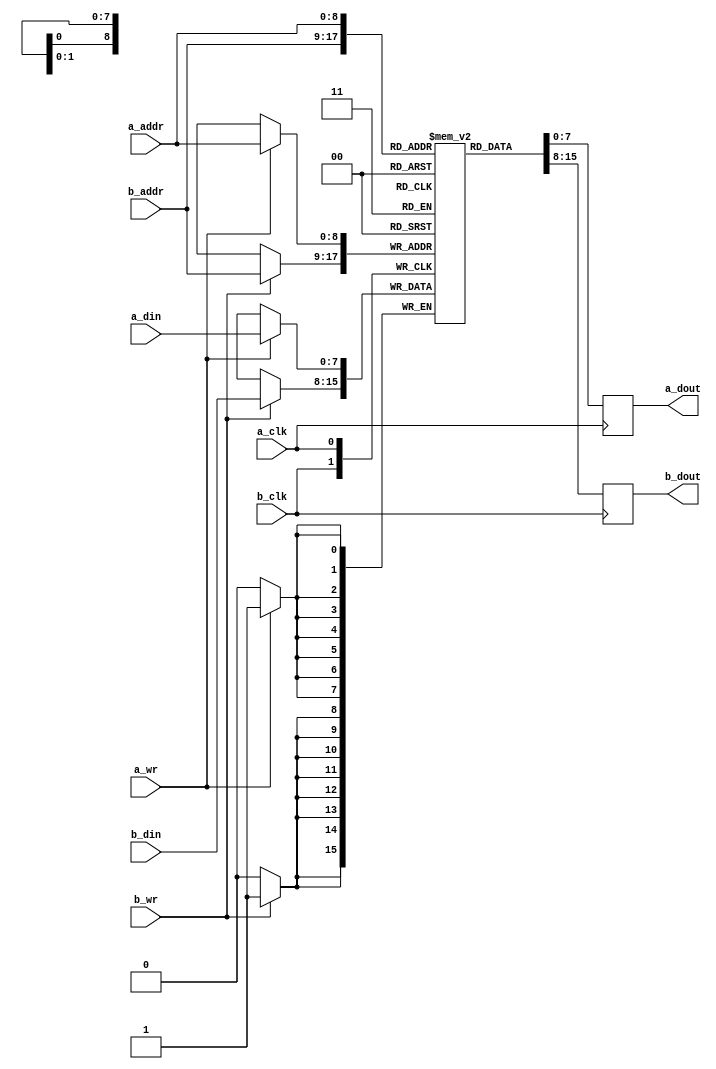
module tdp_bram_8_9
  (input  a_clk,
   input  a_wr,
   input  [8:0] a_addr,
   input  [7:0] a_din,
   input  b_clk,
   input  b_wr,
   input  [8:0] b_addr,
   input  [7:0] b_din,
   output [7:0] a_dout,
   output [7:0] b_dout);
  reg [7:0] n216_data; // mem_rd
  reg [7:0] n219_data; // mem_rd
  assign a_dout = n219_data;
  assign b_dout = n216_data;
  /* mem/tdp_bram.vhd:57:5  */
  reg [7:0] mem[511:0] ; // memory
  initial begin
    mem[511] = 8'b00000000;
    mem[510] = 8'b00000000;
    mem[509] = 8'b00000000;
    mem[508] = 8'b00000000;
    mem[507] = 8'b00000000;
    mem[506] = 8'b00000000;
    mem[505] = 8'b00000000;
    mem[504] = 8'b00000000;
    mem[503] = 8'b00000000;
    mem[502] = 8'b00000000;
    mem[501] = 8'b00000000;
    mem[500] = 8'b00000000;
    mem[499] = 8'b00000000;
    mem[498] = 8'b00000000;
    mem[497] = 8'b00000000;
    mem[496] = 8'b00000000;
    mem[495] = 8'b00000000;
    mem[494] = 8'b00000000;
    mem[493] = 8'b00000000;
    mem[492] = 8'b00000000;
    mem[491] = 8'b00000000;
    mem[490] = 8'b00000000;
    mem[489] = 8'b00000000;
    mem[488] = 8'b00000000;
    mem[487] = 8'b00000000;
    mem[486] = 8'b00000000;
    mem[485] = 8'b00000000;
    mem[484] = 8'b00000000;
    mem[483] = 8'b00000000;
    mem[482] = 8'b00000000;
    mem[481] = 8'b00000000;
    mem[480] = 8'b00000000;
    mem[479] = 8'b00000000;
    mem[478] = 8'b00000000;
    mem[477] = 8'b00000000;
    mem[476] = 8'b00000000;
    mem[475] = 8'b00000000;
    mem[474] = 8'b00000000;
    mem[473] = 8'b00000000;
    mem[472] = 8'b00000000;
    mem[471] = 8'b00000000;
    mem[470] = 8'b00000000;
    mem[469] = 8'b00000000;
    mem[468] = 8'b00000000;
    mem[467] = 8'b00000000;
    mem[466] = 8'b00000000;
    mem[465] = 8'b00000000;
    mem[464] = 8'b00000000;
    mem[463] = 8'b00000000;
    mem[462] = 8'b00000000;
    mem[461] = 8'b00000000;
    mem[460] = 8'b00000000;
    mem[459] = 8'b00000000;
    mem[458] = 8'b00000000;
    mem[457] = 8'b00000000;
    mem[456] = 8'b00000000;
    mem[455] = 8'b00000000;
    mem[454] = 8'b00000000;
    mem[453] = 8'b00000000;
    mem[452] = 8'b00000000;
    mem[451] = 8'b00000000;
    mem[450] = 8'b00000000;
    mem[449] = 8'b00000000;
    mem[448] = 8'b00000000;
    mem[447] = 8'b00000000;
    mem[446] = 8'b00000000;
    mem[445] = 8'b00000000;
    mem[444] = 8'b00000000;
    mem[443] = 8'b00000000;
    mem[442] = 8'b00000000;
    mem[441] = 8'b00000000;
    mem[440] = 8'b00000000;
    mem[439] = 8'b00000000;
    mem[438] = 8'b00000000;
    mem[437] = 8'b00000000;
    mem[436] = 8'b00000000;
    mem[435] = 8'b00000000;
    mem[434] = 8'b00000000;
    mem[433] = 8'b00000000;
    mem[432] = 8'b00000000;
    mem[431] = 8'b00000000;
    mem[430] = 8'b00000000;
    mem[429] = 8'b00000000;
    mem[428] = 8'b00000000;
    mem[427] = 8'b00000000;
    mem[426] = 8'b00000000;
    mem[425] = 8'b00000000;
    mem[424] = 8'b00000000;
    mem[423] = 8'b00000000;
    mem[422] = 8'b00000000;
    mem[421] = 8'b00000000;
    mem[420] = 8'b00000000;
    mem[419] = 8'b00000000;
    mem[418] = 8'b00000000;
    mem[417] = 8'b00000000;
    mem[416] = 8'b00000000;
    mem[415] = 8'b00000000;
    mem[414] = 8'b00000000;
    mem[413] = 8'b00000000;
    mem[412] = 8'b00000000;
    mem[411] = 8'b00000000;
    mem[410] = 8'b00000000;
    mem[409] = 8'b00000000;
    mem[408] = 8'b00000000;
    mem[407] = 8'b00000000;
    mem[406] = 8'b00000000;
    mem[405] = 8'b00000000;
    mem[404] = 8'b00000000;
    mem[403] = 8'b00000000;
    mem[402] = 8'b00000000;
    mem[401] = 8'b00000000;
    mem[400] = 8'b00000000;
    mem[399] = 8'b00000000;
    mem[398] = 8'b00000000;
    mem[397] = 8'b00000000;
    mem[396] = 8'b00000000;
    mem[395] = 8'b00000000;
    mem[394] = 8'b00000000;
    mem[393] = 8'b00000000;
    mem[392] = 8'b00000000;
    mem[391] = 8'b00000000;
    mem[390] = 8'b00000000;
    mem[389] = 8'b00000000;
    mem[388] = 8'b00000000;
    mem[387] = 8'b00000000;
    mem[386] = 8'b00000000;
    mem[385] = 8'b00000000;
    mem[384] = 8'b00000000;
    mem[383] = 8'b00000000;
    mem[382] = 8'b00000000;
    mem[381] = 8'b00000000;
    mem[380] = 8'b00000000;
    mem[379] = 8'b00000000;
    mem[378] = 8'b00000000;
    mem[377] = 8'b00000000;
    mem[376] = 8'b00000000;
    mem[375] = 8'b00000000;
    mem[374] = 8'b00000000;
    mem[373] = 8'b00000000;
    mem[372] = 8'b00000000;
    mem[371] = 8'b00000000;
    mem[370] = 8'b00000000;
    mem[369] = 8'b00000000;
    mem[368] = 8'b00000000;
    mem[367] = 8'b00000000;
    mem[366] = 8'b00000000;
    mem[365] = 8'b00000000;
    mem[364] = 8'b00000000;
    mem[363] = 8'b00000000;
    mem[362] = 8'b00000000;
    mem[361] = 8'b00000000;
    mem[360] = 8'b00000000;
    mem[359] = 8'b00000000;
    mem[358] = 8'b00000000;
    mem[357] = 8'b00000000;
    mem[356] = 8'b00000000;
    mem[355] = 8'b00000000;
    mem[354] = 8'b00000000;
    mem[353] = 8'b00000000;
    mem[352] = 8'b00000000;
    mem[351] = 8'b00000000;
    mem[350] = 8'b00000000;
    mem[349] = 8'b00000000;
    mem[348] = 8'b00000000;
    mem[347] = 8'b00000000;
    mem[346] = 8'b00000000;
    mem[345] = 8'b00000000;
    mem[344] = 8'b00000000;
    mem[343] = 8'b00000000;
    mem[342] = 8'b00000000;
    mem[341] = 8'b00000000;
    mem[340] = 8'b00000000;
    mem[339] = 8'b00000000;
    mem[338] = 8'b00000000;
    mem[337] = 8'b00000000;
    mem[336] = 8'b00000000;
    mem[335] = 8'b00000000;
    mem[334] = 8'b00000000;
    mem[333] = 8'b00000000;
    mem[332] = 8'b00000000;
    mem[331] = 8'b00000000;
    mem[330] = 8'b00000000;
    mem[329] = 8'b00000000;
    mem[328] = 8'b00000000;
    mem[327] = 8'b00000000;
    mem[326] = 8'b00000000;
    mem[325] = 8'b00000000;
    mem[324] = 8'b00000000;
    mem[323] = 8'b00000000;
    mem[322] = 8'b00000000;
    mem[321] = 8'b00000000;
    mem[320] = 8'b00000000;
    mem[319] = 8'b00000000;
    mem[318] = 8'b00000000;
    mem[317] = 8'b00000000;
    mem[316] = 8'b00000000;
    mem[315] = 8'b00000000;
    mem[314] = 8'b00000000;
    mem[313] = 8'b00000000;
    mem[312] = 8'b00000000;
    mem[311] = 8'b00000000;
    mem[310] = 8'b00000000;
    mem[309] = 8'b00000000;
    mem[308] = 8'b00000000;
    mem[307] = 8'b00000000;
    mem[306] = 8'b00000000;
    mem[305] = 8'b00000000;
    mem[304] = 8'b00000000;
    mem[303] = 8'b00000000;
    mem[302] = 8'b00000000;
    mem[301] = 8'b00000000;
    mem[300] = 8'b00000000;
    mem[299] = 8'b00000000;
    mem[298] = 8'b00000000;
    mem[297] = 8'b00000000;
    mem[296] = 8'b00000000;
    mem[295] = 8'b00000000;
    mem[294] = 8'b00000000;
    mem[293] = 8'b00000000;
    mem[292] = 8'b00000000;
    mem[291] = 8'b00000000;
    mem[290] = 8'b00000000;
    mem[289] = 8'b00000000;
    mem[288] = 8'b00000000;
    mem[287] = 8'b00000000;
    mem[286] = 8'b00000000;
    mem[285] = 8'b00000000;
    mem[284] = 8'b00000000;
    mem[283] = 8'b00000000;
    mem[282] = 8'b00000000;
    mem[281] = 8'b00000000;
    mem[280] = 8'b00000000;
    mem[279] = 8'b00000000;
    mem[278] = 8'b00000000;
    mem[277] = 8'b00000000;
    mem[276] = 8'b00000000;
    mem[275] = 8'b00000000;
    mem[274] = 8'b00000000;
    mem[273] = 8'b00000000;
    mem[272] = 8'b00000000;
    mem[271] = 8'b00000000;
    mem[270] = 8'b00000000;
    mem[269] = 8'b00000000;
    mem[268] = 8'b00000000;
    mem[267] = 8'b00000000;
    mem[266] = 8'b00000000;
    mem[265] = 8'b00000000;
    mem[264] = 8'b00000000;
    mem[263] = 8'b00000000;
    mem[262] = 8'b00000000;
    mem[261] = 8'b00000000;
    mem[260] = 8'b00000000;
    mem[259] = 8'b00000000;
    mem[258] = 8'b00000000;
    mem[257] = 8'b00000000;
    mem[256] = 8'b00000000;
    mem[255] = 8'b00000000;
    mem[254] = 8'b00000000;
    mem[253] = 8'b00000000;
    mem[252] = 8'b00000000;
    mem[251] = 8'b00000000;
    mem[250] = 8'b00000000;
    mem[249] = 8'b00000000;
    mem[248] = 8'b00000000;
    mem[247] = 8'b00000000;
    mem[246] = 8'b00000000;
    mem[245] = 8'b00000000;
    mem[244] = 8'b00000000;
    mem[243] = 8'b00000000;
    mem[242] = 8'b00000000;
    mem[241] = 8'b00000000;
    mem[240] = 8'b00000000;
    mem[239] = 8'b00000000;
    mem[238] = 8'b00000000;
    mem[237] = 8'b00000000;
    mem[236] = 8'b00000000;
    mem[235] = 8'b00000000;
    mem[234] = 8'b00000000;
    mem[233] = 8'b00000000;
    mem[232] = 8'b00000000;
    mem[231] = 8'b00000000;
    mem[230] = 8'b00000000;
    mem[229] = 8'b00000000;
    mem[228] = 8'b00000000;
    mem[227] = 8'b00000000;
    mem[226] = 8'b00000000;
    mem[225] = 8'b00000000;
    mem[224] = 8'b00000000;
    mem[223] = 8'b00000000;
    mem[222] = 8'b00000000;
    mem[221] = 8'b00000000;
    mem[220] = 8'b00000000;
    mem[219] = 8'b00000000;
    mem[218] = 8'b00000000;
    mem[217] = 8'b00000000;
    mem[216] = 8'b00000000;
    mem[215] = 8'b00000000;
    mem[214] = 8'b00000000;
    mem[213] = 8'b00000000;
    mem[212] = 8'b00000000;
    mem[211] = 8'b00000000;
    mem[210] = 8'b00000000;
    mem[209] = 8'b00000000;
    mem[208] = 8'b00000000;
    mem[207] = 8'b00000000;
    mem[206] = 8'b00000000;
    mem[205] = 8'b00000000;
    mem[204] = 8'b00000000;
    mem[203] = 8'b00000000;
    mem[202] = 8'b00000000;
    mem[201] = 8'b00000000;
    mem[200] = 8'b00000000;
    mem[199] = 8'b00000000;
    mem[198] = 8'b00000000;
    mem[197] = 8'b00000000;
    mem[196] = 8'b00000000;
    mem[195] = 8'b00000000;
    mem[194] = 8'b00000000;
    mem[193] = 8'b00000000;
    mem[192] = 8'b00000000;
    mem[191] = 8'b00000000;
    mem[190] = 8'b00000000;
    mem[189] = 8'b00000000;
    mem[188] = 8'b00000000;
    mem[187] = 8'b00000000;
    mem[186] = 8'b00000000;
    mem[185] = 8'b00000000;
    mem[184] = 8'b00000000;
    mem[183] = 8'b00000000;
    mem[182] = 8'b00000000;
    mem[181] = 8'b00000000;
    mem[180] = 8'b00000000;
    mem[179] = 8'b00000000;
    mem[178] = 8'b00000000;
    mem[177] = 8'b00000000;
    mem[176] = 8'b00000000;
    mem[175] = 8'b00000000;
    mem[174] = 8'b00000000;
    mem[173] = 8'b00000000;
    mem[172] = 8'b00000000;
    mem[171] = 8'b00000000;
    mem[170] = 8'b00000000;
    mem[169] = 8'b00000000;
    mem[168] = 8'b00000000;
    mem[167] = 8'b00000000;
    mem[166] = 8'b00000000;
    mem[165] = 8'b00000000;
    mem[164] = 8'b00000000;
    mem[163] = 8'b00000000;
    mem[162] = 8'b00000000;
    mem[161] = 8'b00000000;
    mem[160] = 8'b00000000;
    mem[159] = 8'b00000000;
    mem[158] = 8'b00000000;
    mem[157] = 8'b00000000;
    mem[156] = 8'b00000000;
    mem[155] = 8'b00000000;
    mem[154] = 8'b00000000;
    mem[153] = 8'b00000000;
    mem[152] = 8'b00000000;
    mem[151] = 8'b00000000;
    mem[150] = 8'b00000000;
    mem[149] = 8'b00000000;
    mem[148] = 8'b00000000;
    mem[147] = 8'b00000000;
    mem[146] = 8'b00000000;
    mem[145] = 8'b00000000;
    mem[144] = 8'b00000000;
    mem[143] = 8'b00000000;
    mem[142] = 8'b00000000;
    mem[141] = 8'b00000000;
    mem[140] = 8'b00000000;
    mem[139] = 8'b00000000;
    mem[138] = 8'b00000000;
    mem[137] = 8'b00000000;
    mem[136] = 8'b00000000;
    mem[135] = 8'b00000000;
    mem[134] = 8'b00000000;
    mem[133] = 8'b00000000;
    mem[132] = 8'b00000000;
    mem[131] = 8'b00000000;
    mem[130] = 8'b00000000;
    mem[129] = 8'b00000000;
    mem[128] = 8'b00000000;
    mem[127] = 8'b00000000;
    mem[126] = 8'b00000000;
    mem[125] = 8'b00000000;
    mem[124] = 8'b00000000;
    mem[123] = 8'b00000000;
    mem[122] = 8'b00000000;
    mem[121] = 8'b00000000;
    mem[120] = 8'b00000000;
    mem[119] = 8'b00000000;
    mem[118] = 8'b00000000;
    mem[117] = 8'b00000000;
    mem[116] = 8'b00000000;
    mem[115] = 8'b00000000;
    mem[114] = 8'b00000000;
    mem[113] = 8'b00000000;
    mem[112] = 8'b00000000;
    mem[111] = 8'b00000000;
    mem[110] = 8'b00000000;
    mem[109] = 8'b00000000;
    mem[108] = 8'b00000000;
    mem[107] = 8'b00000000;
    mem[106] = 8'b00000000;
    mem[105] = 8'b00000000;
    mem[104] = 8'b00000000;
    mem[103] = 8'b00000000;
    mem[102] = 8'b00000000;
    mem[101] = 8'b00000000;
    mem[100] = 8'b00000000;
    mem[99] = 8'b00000000;
    mem[98] = 8'b00000000;
    mem[97] = 8'b00000000;
    mem[96] = 8'b00000000;
    mem[95] = 8'b00000000;
    mem[94] = 8'b00000000;
    mem[93] = 8'b00000000;
    mem[92] = 8'b00000000;
    mem[91] = 8'b00000000;
    mem[90] = 8'b00000000;
    mem[89] = 8'b00000000;
    mem[88] = 8'b00000000;
    mem[87] = 8'b00000000;
    mem[86] = 8'b00000000;
    mem[85] = 8'b00000000;
    mem[84] = 8'b00000000;
    mem[83] = 8'b00000000;
    mem[82] = 8'b00000000;
    mem[81] = 8'b00000000;
    mem[80] = 8'b00000000;
    mem[79] = 8'b00000000;
    mem[78] = 8'b00000000;
    mem[77] = 8'b00000000;
    mem[76] = 8'b00000000;
    mem[75] = 8'b00000000;
    mem[74] = 8'b00000000;
    mem[73] = 8'b00000000;
    mem[72] = 8'b00000000;
    mem[71] = 8'b00000000;
    mem[70] = 8'b00000000;
    mem[69] = 8'b00000000;
    mem[68] = 8'b00000000;
    mem[67] = 8'b00000000;
    mem[66] = 8'b00000000;
    mem[65] = 8'b00000000;
    mem[64] = 8'b00000000;
    mem[63] = 8'b00000000;
    mem[62] = 8'b00000000;
    mem[61] = 8'b00000000;
    mem[60] = 8'b00000000;
    mem[59] = 8'b00000000;
    mem[58] = 8'b00000000;
    mem[57] = 8'b00000000;
    mem[56] = 8'b00000000;
    mem[55] = 8'b00000000;
    mem[54] = 8'b00000000;
    mem[53] = 8'b00000000;
    mem[52] = 8'b00000000;
    mem[51] = 8'b00000000;
    mem[50] = 8'b00000000;
    mem[49] = 8'b00000000;
    mem[48] = 8'b00000000;
    mem[47] = 8'b00000000;
    mem[46] = 8'b00000000;
    mem[45] = 8'b00000000;
    mem[44] = 8'b00000000;
    mem[43] = 8'b00000000;
    mem[42] = 8'b00000000;
    mem[41] = 8'b00000000;
    mem[40] = 8'b00000000;
    mem[39] = 8'b00000000;
    mem[38] = 8'b00000000;
    mem[37] = 8'b00000000;
    mem[36] = 8'b00000000;
    mem[35] = 8'b00000000;
    mem[34] = 8'b00000000;
    mem[33] = 8'b00000000;
    mem[32] = 8'b00000000;
    mem[31] = 8'b00000000;
    mem[30] = 8'b00000000;
    mem[29] = 8'b00000000;
    mem[28] = 8'b00000000;
    mem[27] = 8'b00000000;
    mem[26] = 8'b00000000;
    mem[25] = 8'b00000000;
    mem[24] = 8'b00000000;
    mem[23] = 8'b00000000;
    mem[22] = 8'b00000000;
    mem[21] = 8'b00000000;
    mem[20] = 8'b00000000;
    mem[19] = 8'b00000000;
    mem[18] = 8'b00000000;
    mem[17] = 8'b00000000;
    mem[16] = 8'b00000000;
    mem[15] = 8'b00000000;
    mem[14] = 8'b00000000;
    mem[13] = 8'b00000000;
    mem[12] = 8'b00000000;
    mem[11] = 8'b00000000;
    mem[10] = 8'b00000000;
    mem[9] = 8'b00000000;
    mem[8] = 8'b00000000;
    mem[7] = 8'b00000000;
    mem[6] = 8'b00000000;
    mem[5] = 8'b00000000;
    mem[4] = 8'b00000000;
    mem[3] = 8'b00000000;
    mem[2] = 8'b00000000;
    mem[1] = 8'b00000000;
    mem[0] = 8'b00000000;
    end
  always @(posedge b_clk)
    if (b_wr)
      mem[b_addr] <= b_din;
  always @(posedge b_clk)
    if (1'b1)
      n216_data <= mem[b_addr];
  always @(posedge a_clk)
    if (a_wr)
      mem[a_addr] <= a_din;
  always @(posedge a_clk)
    if (1'b1)
      n219_data <= mem[a_addr];
  /* mem/tdp_bram.vhd:101:17  */
  /* mem/tdp_bram.vhd:85:17  */
  /* mem/tdp_bram.vhd:100:9  */
endmodule

module com_spm
  (input  p_clk,
   input  n_clk,
   input  reset,
   input  [2:0] ocp_core_m_MCmd,
   input  [31:0] ocp_core_m_MAddr,
   input  [31:0] ocp_core_m_MData,
   input  [3:0] ocp_core_m_MByteEn,
   input  [13:0] spm_m_addr,
   input  [1:0] spm_m_en,
   input  spm_m_wr,
   input  [63:0] spm_m_wdata,
   output [1:0] ocp_core_s_SResp,
   output [31:0] ocp_core_s_SData,
   output [63:0] spm_s_rdata,
   output spm_s_error);
  wire [70:0] n0_o;
  wire [1:0] n2_o;
  wire [31:0] n3_o;
  wire [80:0] n4_o;
  wire [63:0] n6_o;
  wire n7_o;
  wire wr_h;
  wire wr_l;
  wire [31:0] sdata_h;
  wire [31:0] sdata_l;
  wire select_low;
  wire select_low_reg;
  wire select_high;
  wire select_high_reg;
  wire [2:0] mcmd;
  wire h_0_en;
  wire h_1_en;
  wire h_2_en;
  wire h_3_en;
  wire l_0_en;
  wire l_1_en;
  wire l_2_en;
  wire l_3_en;
  wire [31:0] even_wr_word;
  wire [31:0] odd_wr_word;
  wire [31:0] even_rd_word;
  wire [31:0] odd_rd_word;
  wire [8:0] even_addr;
  wire even_wr;
  wire odd_wr;
  wire addr_reg;
  wire n9_o;
  wire n12_o;
  wire n16_o;
  wire n20_o;
  wire n23_o;
  wire n26_o;
  wire n28_o;
  wire n30_o;
  wire n33_o;
  wire n39_o;
  wire [31:0] n40_o;
  wire [31:0] n41_o;
  wire [33:0] n43_o;
  wire [33:0] n44_o;
  wire n46_o;
  wire [1:0] n48_o;
  wire [1:0] n49_o;
  wire [1:0] n50_o;
  wire [1:0] n51_o;
  wire [31:0] n52_o;
  wire [31:0] n53_o;
  wire [31:0] n54_o;
  wire n58_o;
  wire [2:0] n59_o;
  wire n61_o;
  wire n63_o;
  wire [2:0] n65_o;
  reg n70_q;
  reg n71_q;
  reg [2:0] n72_q;
  wire n73_o;
  wire n74_o;
  wire n75_o;
  wire n76_o;
  wire n77_o;
  wire n78_o;
  wire n79_o;
  wire n80_o;
  wire n81_o;
  wire n82_o;
  wire n83_o;
  wire n84_o;
  wire n85_o;
  wire n86_o;
  wire n87_o;
  wire n88_o;
  wire [7:0] spm_h_0_a_dout;
  wire [7:0] spm_h_0_b_dout;
  wire [8:0] n89_o;
  wire [7:0] n90_o;
  wire [7:0] n92_o;
  wire [7:0] spm_h_1_a_dout;
  wire [7:0] spm_h_1_b_dout;
  wire [8:0] n94_o;
  wire [7:0] n95_o;
  wire [7:0] n97_o;
  wire [7:0] spm_h_2_a_dout;
  wire [7:0] spm_h_2_b_dout;
  wire [8:0] n99_o;
  wire [7:0] n100_o;
  wire [7:0] n102_o;
  wire [7:0] spm_h_3_a_dout;
  wire [7:0] spm_h_3_b_dout;
  wire [8:0] n104_o;
  wire [7:0] n105_o;
  wire [7:0] n107_o;
  wire [7:0] spm_l_0_a_dout;
  wire [7:0] spm_l_0_b_dout;
  wire [8:0] n109_o;
  wire [7:0] n110_o;
  wire [8:0] n112_o;
  wire [7:0] n113_o;
  wire [7:0] spm_l_1_a_dout;
  wire [7:0] spm_l_1_b_dout;
  wire [8:0] n115_o;
  wire [7:0] n116_o;
  wire [8:0] n118_o;
  wire [7:0] n119_o;
  wire [7:0] spm_l_2_a_dout;
  wire [7:0] spm_l_2_b_dout;
  wire [8:0] n121_o;
  wire [7:0] n122_o;
  wire [8:0] n124_o;
  wire [7:0] n125_o;
  wire [7:0] spm_l_3_a_dout;
  wire [7:0] spm_l_3_b_dout;
  wire [8:0] n127_o;
  wire [7:0] n128_o;
  wire [8:0] n130_o;
  wire [7:0] n131_o;
  wire n134_o;
  wire n135_o;
  wire [8:0] n136_o;
  wire [31:0] n137_o;
  wire n138_o;
  wire n139_o;
  wire n140_o;
  wire [31:0] n141_o;
  wire n142_o;
  wire n143_o;
  wire n144_o;
  wire [8:0] n145_o;
  wire [8:0] n147_o;
  wire [31:0] n148_o;
  wire n149_o;
  wire n150_o;
  wire n151_o;
  wire [31:0] n152_o;
  wire n153_o;
  wire n154_o;
  wire n155_o;
  wire [31:0] n156_o;
  wire [31:0] n157_o;
  wire [8:0] n158_o;
  wire n159_o;
  wire n160_o;
  wire n163_o;
  wire [63:0] n164_o;
  wire [63:0] n165_o;
  wire [63:0] n166_o;
  wire n170_o;
  reg n173_q;
  wire [31:0] n174_o;
  wire [31:0] n175_o;
  wire [31:0] n176_o;
  wire [31:0] n177_o;
  wire [33:0] n178_o;
  wire [64:0] n180_o;
  assign ocp_core_s_SResp = n2_o;
  assign ocp_core_s_SData = n3_o;
  assign spm_s_rdata = n6_o;
  assign spm_s_error = n7_o;
  assign n0_o = {ocp_core_m_MByteEn, ocp_core_m_MData, ocp_core_m_MAddr, ocp_core_m_MCmd};
  assign n2_o = n178_o[1:0];
  assign n3_o = n178_o[33:2];
  assign n4_o = {spm_m_wdata, spm_m_wr, spm_m_en, spm_m_addr};
  assign n6_o = n180_o[63:0];
  assign n7_o = n180_o[64];
  /* mem/com_spm.vhd:89:12  */
  assign wr_h = n30_o; // (signal)
  /* mem/com_spm.vhd:89:18  */
  assign wr_l = n33_o; // (signal)
  /* mem/com_spm.vhd:90:12  */
  assign sdata_h = n174_o; // (signal)
  /* mem/com_spm.vhd:90:21  */
  assign sdata_l = n175_o; // (signal)
  /* mem/com_spm.vhd:91:12  */
  assign select_low = n12_o; // (signal)
  /* mem/com_spm.vhd:91:24  */
  assign select_low_reg = n70_q; // (signal)
  /* mem/com_spm.vhd:92:12  */
  assign select_high = n16_o; // (signal)
  /* mem/com_spm.vhd:92:25  */
  assign select_high_reg = n71_q; // (signal)
  /* mem/com_spm.vhd:94:12  */
  assign mcmd = n72_q; // (signal)
  /* mem/com_spm.vhd:96:12  */
  assign h_0_en = n74_o; // (signal)
  /* mem/com_spm.vhd:96:20  */
  assign h_1_en = n76_o; // (signal)
  /* mem/com_spm.vhd:96:28  */
  assign h_2_en = n78_o; // (signal)
  /* mem/com_spm.vhd:96:36  */
  assign h_3_en = n80_o; // (signal)
  /* mem/com_spm.vhd:97:12  */
  assign l_0_en = n82_o; // (signal)
  /* mem/com_spm.vhd:97:20  */
  assign l_1_en = n84_o; // (signal)
  /* mem/com_spm.vhd:97:28  */
  assign l_2_en = n86_o; // (signal)
  /* mem/com_spm.vhd:97:36  */
  assign l_3_en = n88_o; // (signal)
  /* mem/com_spm.vhd:101:12  */
  assign even_wr_word = n156_o; // (signal)
  /* mem/com_spm.vhd:101:26  */
  assign odd_wr_word = n157_o; // (signal)
  /* mem/com_spm.vhd:102:12  */
  assign even_rd_word = n176_o; // (signal)
  /* mem/com_spm.vhd:102:26  */
  assign odd_rd_word = n177_o; // (signal)
  /* mem/com_spm.vhd:103:12  */
  assign even_addr = n158_o; // (signal)
  /* mem/com_spm.vhd:104:12  */
  assign even_wr = n159_o; // (signal)
  /* mem/com_spm.vhd:104:21  */
  assign odd_wr = n160_o; // (signal)
  /* mem/com_spm.vhd:106:12  */
  assign addr_reg = n173_q; // (signal)
  /* mem/com_spm.vhd:114:28  */
  assign n9_o = n0_o[5];
  /* mem/com_spm.vhd:114:9  */
  assign n12_o = n9_o ? 1'b1 : 1'b0;
  /* mem/com_spm.vhd:114:9  */
  assign n16_o = n9_o ? 1'b0 : 1'b1;
  /* mem/com_spm.vhd:125:27  */
  assign n20_o = n0_o[0];
  /* mem/com_spm.vhd:128:13  */
  assign n23_o = select_low ? 1'b1 : 1'b0;
  /* mem/com_spm.vhd:126:13  */
  assign n26_o = select_high ? 1'b1 : 1'b0;
  /* mem/com_spm.vhd:126:13  */
  assign n28_o = select_high ? 1'b0 : n23_o;
  /* mem/com_spm.vhd:125:9  */
  assign n30_o = n20_o ? n26_o : 1'b0;
  /* mem/com_spm.vhd:125:9  */
  assign n33_o = n20_o ? n28_o : 1'b0;
  /* mem/com_spm.vhd:138:16  */
  assign n39_o = mcmd[1];
  /* mem/com_spm.vhd:141:13  */
  assign n40_o = select_low_reg ? sdata_l : 32'b00000000000000000000000000000000;
  /* mem/com_spm.vhd:139:13  */
  assign n41_o = select_high_reg ? sdata_h : n40_o;
  assign n43_o = {n41_o, 2'b01};
  assign n44_o = {32'b00000000000000000000000000000000, 2'b00};
  /* mem/com_spm.vhd:147:16  */
  assign n46_o = mcmd[0];
  assign n48_o = n43_o[1:0];
  assign n49_o = n44_o[1:0];
  /* mem/com_spm.vhd:138:9  */
  assign n50_o = n39_o ? n48_o : n49_o;
  /* mem/com_spm.vhd:147:9  */
  assign n51_o = n46_o ? 2'b01 : n50_o;
  assign n52_o = n43_o[33:2];
  assign n53_o = n44_o[33:2];
  /* mem/com_spm.vhd:138:9  */
  assign n54_o = n39_o ? n52_o : n53_o;
  /* mem/com_spm.vhd:155:22  */
  assign n58_o = ~reset;
  /* mem/com_spm.vhd:156:36  */
  assign n59_o = n0_o[2:0];
  /* mem/com_spm.vhd:155:13  */
  assign n61_o = n58_o ? select_low : 1'b0;
  /* mem/com_spm.vhd:155:13  */
  assign n63_o = n58_o ? select_high : 1'b0;
  /* mem/com_spm.vhd:155:13  */
  assign n65_o = n58_o ? n59_o : 3'b000;
  /* mem/com_spm.vhd:154:9  */
  always @(posedge p_clk)
    n70_q <= n61_o;
  /* mem/com_spm.vhd:154:9  */
  always @(posedge p_clk)
    n71_q <= n63_o;
  /* mem/com_spm.vhd:154:9  */
  always @(posedge p_clk)
    n72_q <= n65_o;
  /* mem/com_spm.vhd:169:29  */
  assign n73_o = n0_o[67];
  /* mem/com_spm.vhd:169:33  */
  assign n74_o = n73_o & wr_h;
  /* mem/com_spm.vhd:170:29  */
  assign n75_o = n0_o[68];
  /* mem/com_spm.vhd:170:33  */
  assign n76_o = n75_o & wr_h;
  /* mem/com_spm.vhd:171:29  */
  assign n77_o = n0_o[69];
  /* mem/com_spm.vhd:171:33  */
  assign n78_o = n77_o & wr_h;
  /* mem/com_spm.vhd:172:29  */
  assign n79_o = n0_o[70];
  /* mem/com_spm.vhd:172:33  */
  assign n80_o = n79_o & wr_h;
  /* mem/com_spm.vhd:174:29  */
  assign n81_o = n0_o[67];
  /* mem/com_spm.vhd:174:33  */
  assign n82_o = n81_o & wr_l;
  /* mem/com_spm.vhd:175:29  */
  assign n83_o = n0_o[68];
  /* mem/com_spm.vhd:175:33  */
  assign n84_o = n83_o & wr_l;
  /* mem/com_spm.vhd:176:29  */
  assign n85_o = n0_o[69];
  /* mem/com_spm.vhd:176:33  */
  assign n86_o = n85_o & wr_l;
  /* mem/com_spm.vhd:177:29  */
  assign n87_o = n0_o[70];
  /* mem/com_spm.vhd:177:33  */
  assign n88_o = n87_o & wr_l;
  /* mem/com_spm.vhd:180:1  */
  tdp_bram_8_9 spm_h_0 (
    .a_clk(p_clk),
    .a_wr(h_0_en),
    .a_addr(n89_o),
    .a_din(n90_o),
    .b_clk(n_clk),
    .b_wr(even_wr),
    .b_addr(even_addr),
    .b_din(n92_o),
    .a_dout(spm_h_0_a_dout),
    .b_dout(spm_h_0_b_dout));
  /* mem/com_spm.vhd:184:40  */
  assign n89_o = n0_o[14:6];
  /* mem/com_spm.vhd:185:39  */
  assign n90_o = n0_o[42:35];
  /* mem/com_spm.vhd:190:26  */
  assign n92_o = even_wr_word[7:0];
  /* mem/com_spm.vhd:194:1  */
  tdp_bram_8_9 spm_h_1 (
    .a_clk(p_clk),
    .a_wr(h_1_en),
    .a_addr(n94_o),
    .a_din(n95_o),
    .b_clk(n_clk),
    .b_wr(even_wr),
    .b_addr(even_addr),
    .b_din(n97_o),
    .a_dout(spm_h_1_a_dout),
    .b_dout(spm_h_1_b_dout));
  /* mem/com_spm.vhd:198:40  */
  assign n94_o = n0_o[14:6];
  /* mem/com_spm.vhd:199:39  */
  assign n95_o = n0_o[50:43];
  /* mem/com_spm.vhd:204:26  */
  assign n97_o = even_wr_word[15:8];
  /* mem/com_spm.vhd:208:1  */
  tdp_bram_8_9 spm_h_2 (
    .a_clk(p_clk),
    .a_wr(h_2_en),
    .a_addr(n99_o),
    .a_din(n100_o),
    .b_clk(n_clk),
    .b_wr(even_wr),
    .b_addr(even_addr),
    .b_din(n102_o),
    .a_dout(spm_h_2_a_dout),
    .b_dout(spm_h_2_b_dout));
  /* mem/com_spm.vhd:212:40  */
  assign n99_o = n0_o[14:6];
  /* mem/com_spm.vhd:213:39  */
  assign n100_o = n0_o[58:51];
  /* mem/com_spm.vhd:218:26  */
  assign n102_o = even_wr_word[23:16];
  /* mem/com_spm.vhd:222:1  */
  tdp_bram_8_9 spm_h_3 (
    .a_clk(p_clk),
    .a_wr(h_3_en),
    .a_addr(n104_o),
    .a_din(n105_o),
    .b_clk(n_clk),
    .b_wr(even_wr),
    .b_addr(even_addr),
    .b_din(n107_o),
    .a_dout(spm_h_3_a_dout),
    .b_dout(spm_h_3_b_dout));
  /* mem/com_spm.vhd:226:40  */
  assign n104_o = n0_o[14:6];
  /* mem/com_spm.vhd:227:39  */
  assign n105_o = n0_o[66:59];
  /* mem/com_spm.vhd:232:26  */
  assign n107_o = even_wr_word[31:24];
  /* mem/com_spm.vhd:236:1  */
  tdp_bram_8_9 spm_l_0 (
    .a_clk(p_clk),
    .a_wr(l_0_en),
    .a_addr(n109_o),
    .a_din(n110_o),
    .b_clk(n_clk),
    .b_wr(odd_wr),
    .b_addr(n112_o),
    .b_din(n113_o),
    .a_dout(spm_l_0_a_dout),
    .b_dout(spm_l_0_b_dout));
  /* mem/com_spm.vhd:240:40  */
  assign n109_o = n0_o[14:6];
  /* mem/com_spm.vhd:241:39  */
  assign n110_o = n0_o[42:35];
  /* mem/com_spm.vhd:245:25  */
  assign n112_o = n4_o[9:1];
  /* mem/com_spm.vhd:246:25  */
  assign n113_o = odd_wr_word[7:0];
  /* mem/com_spm.vhd:250:1  */
  tdp_bram_8_9 spm_l_1 (
    .a_clk(p_clk),
    .a_wr(l_1_en),
    .a_addr(n115_o),
    .a_din(n116_o),
    .b_clk(n_clk),
    .b_wr(odd_wr),
    .b_addr(n118_o),
    .b_din(n119_o),
    .a_dout(spm_l_1_a_dout),
    .b_dout(spm_l_1_b_dout));
  /* mem/com_spm.vhd:254:40  */
  assign n115_o = n0_o[14:6];
  /* mem/com_spm.vhd:255:39  */
  assign n116_o = n0_o[50:43];
  /* mem/com_spm.vhd:259:25  */
  assign n118_o = n4_o[9:1];
  /* mem/com_spm.vhd:260:25  */
  assign n119_o = odd_wr_word[15:8];
  /* mem/com_spm.vhd:264:1  */
  tdp_bram_8_9 spm_l_2 (
    .a_clk(p_clk),
    .a_wr(l_2_en),
    .a_addr(n121_o),
    .a_din(n122_o),
    .b_clk(n_clk),
    .b_wr(odd_wr),
    .b_addr(n124_o),
    .b_din(n125_o),
    .a_dout(spm_l_2_a_dout),
    .b_dout(spm_l_2_b_dout));
  /* mem/com_spm.vhd:268:40  */
  assign n121_o = n0_o[14:6];
  /* mem/com_spm.vhd:269:39  */
  assign n122_o = n0_o[58:51];
  /* mem/com_spm.vhd:273:25  */
  assign n124_o = n4_o[9:1];
  /* mem/com_spm.vhd:274:25  */
  assign n125_o = odd_wr_word[23:16];
  /* mem/com_spm.vhd:278:1  */
  tdp_bram_8_9 spm_l_3 (
    .a_clk(p_clk),
    .a_wr(l_3_en),
    .a_addr(n127_o),
    .a_din(n128_o),
    .b_clk(n_clk),
    .b_wr(odd_wr),
    .b_addr(n130_o),
    .b_din(n131_o),
    .a_dout(spm_l_3_a_dout),
    .b_dout(spm_l_3_b_dout));
  /* mem/com_spm.vhd:282:40  */
  assign n127_o = n0_o[14:6];
  /* mem/com_spm.vhd:283:39  */
  assign n128_o = n0_o[66:59];
  /* mem/com_spm.vhd:287:25  */
  assign n130_o = n4_o[9:1];
  /* mem/com_spm.vhd:288:25  */
  assign n131_o = odd_wr_word[31:24];
  /* mem/com_spm.vhd:294:18  */
  assign n134_o = n4_o[0];
  /* mem/com_spm.vhd:294:22  */
  assign n135_o = ~n134_o;
  /* mem/com_spm.vhd:295:32  */
  assign n136_o = n4_o[9:1];
  /* mem/com_spm.vhd:296:36  */
  assign n137_o = n4_o[80:49];
  /* mem/com_spm.vhd:297:28  */
  assign n138_o = n4_o[16];
  /* mem/com_spm.vhd:297:43  */
  assign n139_o = n4_o[14];
  /* mem/com_spm.vhd:297:31  */
  assign n140_o = n138_o & n139_o;
  /* mem/com_spm.vhd:298:36  */
  assign n141_o = n4_o[48:17];
  /* mem/com_spm.vhd:299:28  */
  assign n142_o = n4_o[16];
  /* mem/com_spm.vhd:299:43  */
  assign n143_o = n4_o[15];
  /* mem/com_spm.vhd:299:31  */
  assign n144_o = n142_o & n143_o;
  /* mem/com_spm.vhd:301:32  */
  assign n145_o = n4_o[9:1];
  /* mem/com_spm.vhd:301:58  */
  assign n147_o = n145_o + 9'b000000001;
  /* mem/com_spm.vhd:302:36  */
  assign n148_o = n4_o[48:17];
  /* mem/com_spm.vhd:303:28  */
  assign n149_o = n4_o[16];
  /* mem/com_spm.vhd:303:43  */
  assign n150_o = n4_o[15];
  /* mem/com_spm.vhd:303:31  */
  assign n151_o = n149_o & n150_o;
  /* mem/com_spm.vhd:304:36  */
  assign n152_o = n4_o[80:49];
  /* mem/com_spm.vhd:305:28  */
  assign n153_o = n4_o[16];
  /* mem/com_spm.vhd:305:43  */
  assign n154_o = n4_o[14];
  /* mem/com_spm.vhd:305:31  */
  assign n155_o = n153_o & n154_o;
  /* mem/com_spm.vhd:294:5  */
  assign n156_o = n135_o ? n137_o : n148_o;
  /* mem/com_spm.vhd:294:5  */
  assign n157_o = n135_o ? n141_o : n152_o;
  /* mem/com_spm.vhd:294:5  */
  assign n158_o = n135_o ? n136_o : n147_o;
  /* mem/com_spm.vhd:294:5  */
  assign n159_o = n135_o ? n140_o : n151_o;
  /* mem/com_spm.vhd:294:5  */
  assign n160_o = n135_o ? n144_o : n155_o;
  /* mem/com_spm.vhd:311:17  */
  assign n163_o = ~addr_reg;
  assign n164_o = {odd_rd_word, even_rd_word};
  assign n165_o = {even_rd_word, odd_rd_word};
  /* mem/com_spm.vhd:311:5  */
  assign n166_o = n163_o ? n165_o : n164_o;
  /* mem/com_spm.vhd:323:31  */
  assign n170_o = n4_o[0];
  /* mem/com_spm.vhd:322:5  */
  always @(posedge n_clk)
    n173_q <= n170_o;
  /* mem/com_spm.vhd:322:5  */
  assign n174_o = {spm_h_3_a_dout, spm_h_2_a_dout, spm_h_1_a_dout, spm_h_0_a_dout};
  assign n175_o = {spm_l_3_a_dout, spm_l_2_a_dout, spm_l_1_a_dout, spm_l_0_a_dout};
  assign n176_o = {spm_h_3_b_dout, spm_h_2_b_dout, spm_h_1_b_dout, spm_h_0_b_dout};
  assign n177_o = {spm_l_3_b_dout, spm_l_2_b_dout, spm_l_1_b_dout, spm_l_0_b_dout};
  assign n178_o = {n54_o, n51_o};
  assign n180_o = {1'bZ, n166_o};
endmodule